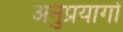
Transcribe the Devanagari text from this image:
अनुप्रयागों